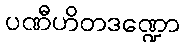
ပဏီဟိတဒဏ္ဍော